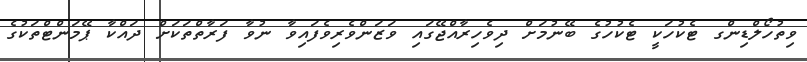
ވިތުހޯލްޑިންގ ޓެކުހަކީ ޓެކުހުގެ ބޭނުމަށް ދިވެހިރާއްޖޭގައި ވަޒަންވެރިވެފައިވާ ނުވާ ފަރާތްތަކަށް ދައްކާ ޕޭމަންޓްތަކުގެ